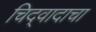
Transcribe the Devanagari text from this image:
चिद्‌वादाचा